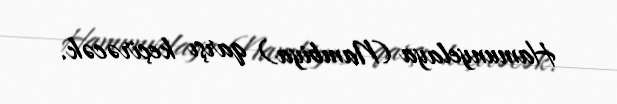
Hamunyelaya (Nambiya) qarşı keçirəcək.